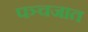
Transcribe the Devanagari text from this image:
पञ्चजात